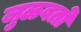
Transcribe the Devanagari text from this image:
जुळवतो